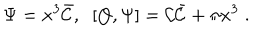
\Psi = x ^ { 3 } \bar { \cal C } , \; \; [ Q , \Psi ] = { \cal C } \bar { \cal C } + \pi x ^ { 3 } \; .